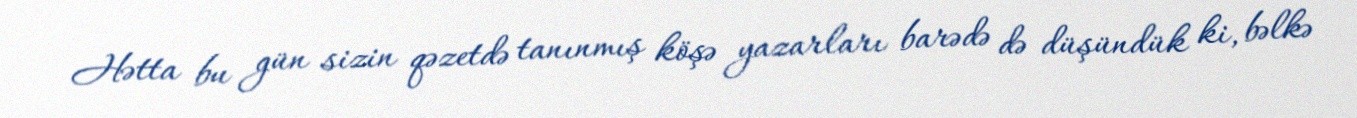
Hətta bu gün sizin qəzetdə tanınmış köşə yazarları barədə də düşündük ki, bəlkə